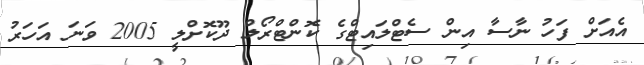
އެއަށް ފަހު ނާސާ އިން ސެޓްލައިޓްގެ ކޮންޓްރޯލް ދޫކޮށްލީ 2005 ވަނަ އަހަރު